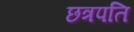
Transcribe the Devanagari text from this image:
छत्रपति